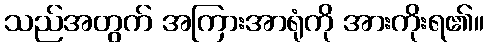
သည်အတွက် အကြားအာရုံကို အားကိုးရ၏။